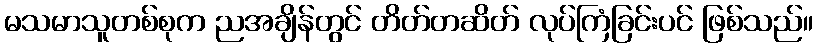
မသမာသူတစ်စုက ညအချိန်တွင် တိတ်တဆိတ် လုပ်ကြံခြင်းပင် ဖြစ်သည်။